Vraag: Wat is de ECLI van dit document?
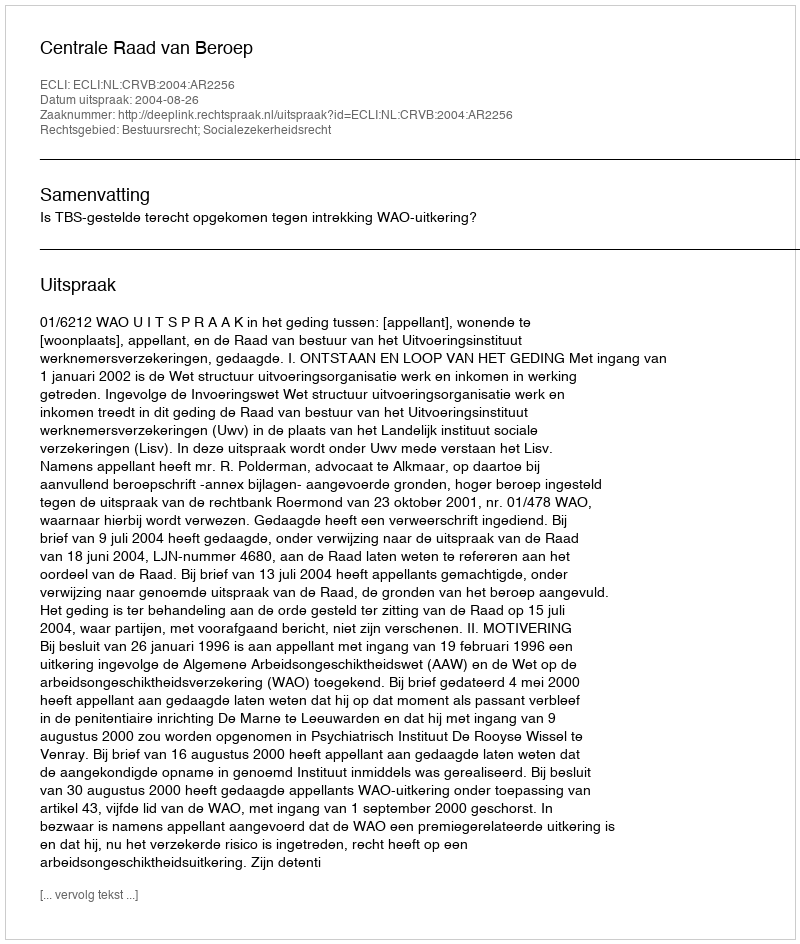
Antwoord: ECLI:NL:CRVB:2004:AR2256